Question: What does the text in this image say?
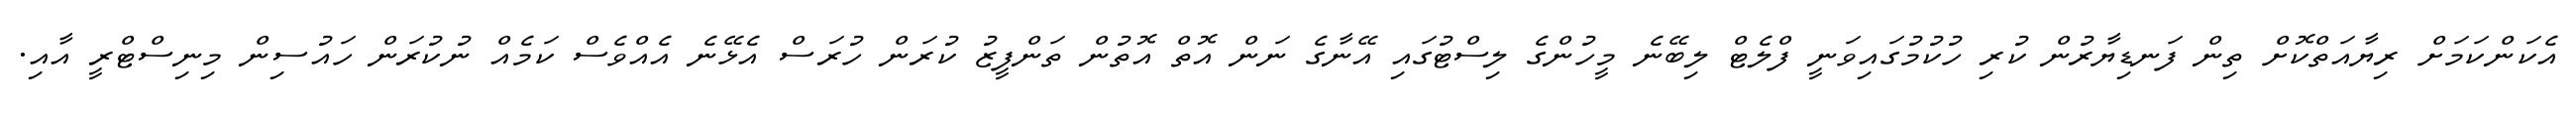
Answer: އެކަންކަމަށް ރިޔާއަތްކޮށް ތިން ފަނޑިޔާރުން ކުރި ހުކުމުގައިވަނީ ފްލެޓް ލިބޭނެ މީހުންގެ ލިސްޓުގައި އޭނާގެ ނަން އޮތް އޮތުން ތަންފީޒު ކުރަން ހުރަސް އެޅޭނެ އެއްވެސް ކަމެއް ނުކުރަން ހައުސިން މިނިސްޓްރީ އާއި.